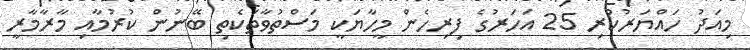
މިއަދު ހައްޔަރުކުރި 25 އަހަރުގެ ފިިރިހެން މީހާޔަކީ މަސްތުވާތަކެތި ބޭނުން ކުރުމާއި މާރާމާރީ